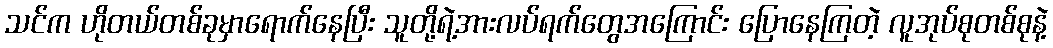
သင်က ဟိုတယ်တစ်ခုမှာရောက်နေပြီး သူတို့ရဲ့အားလပ်ရက်တွေအကြောင်း ပြောနေကြတဲ့ လူအုပ်စုတစ်စုနဲ့